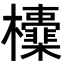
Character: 𣠻